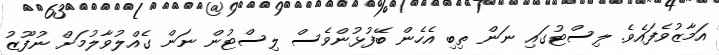
އަމާޒުވެފައެވެ. ލިސްޓުގައި ނަން ތިބި އެހެން ބޭފުޅުންވެސް ލިސްޓުން ނަން ގެއްލުވާލުމަށް ނުފޫޒު